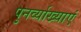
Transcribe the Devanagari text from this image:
पुनर्व्याख्याएं